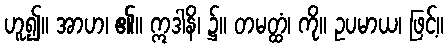
ဟူ၍။ အာဟ၊ ၏။ ဣဒါနိ၊ ၌။ တမတ္ထံ၊ ကို။ ဥပမာယ၊ ဖြင့်။